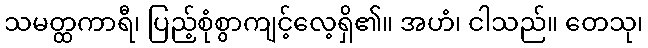
သမတ္ထကာရီ၊ ပြည့်စုံစွာကျင့်လေ့ရှိ၏။ အဟံ၊ ငါသည်။ တေသု၊